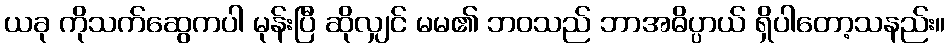
ယခု ကိုသက်ဆွေကပါ မုန်းပြီ ဆိုလျှင် မမ၏ ဘဝသည် ဘာအဓိပ္ပာယ် ရှိပါတော့သနည်း။